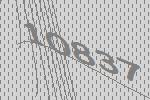
10837